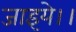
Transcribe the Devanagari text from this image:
जाइये।।